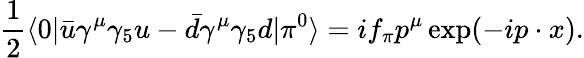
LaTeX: {\frac{1}{2}}\langle 0|\bar{u}\gamma^{\mu}\gamma_{5}u-\bar{d}\gamma^{\mu}\gamma_{5}d|\pi^{0}\rangle=if_{\pi}p^{\mu}\exp(-ip\cdot x).